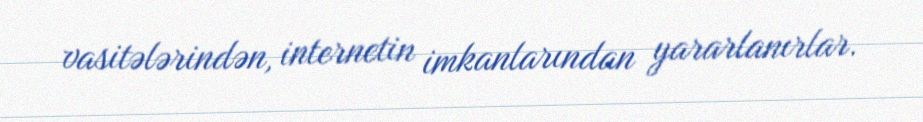
vasitələrindən, internetin imkanlarından yararlanırlar.